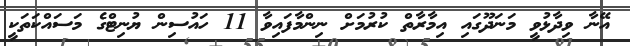
އޭނާ ވިދާޅުވީ މަނަދޫގައި އިމާރާތް ކުރުމަށް ނިންމާފައިވާ 11 ހައުސިން ޔުނިޓްގެ މަސައްކަތަކީ